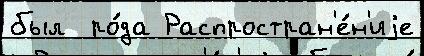
был  ро́да Распростран'е́н'иjе